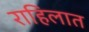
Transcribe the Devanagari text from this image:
राहिलात